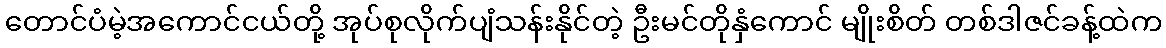
တောင်ပံမဲ့အကောင်ငယ်တို့ အုပ်စုလိုက်ပျံသန်းနိုင်တဲ့ ဦးမင်တိုနှံကောင် မျိုးစိတ် တစ်ဒါဇင်ခန့်ထဲက